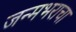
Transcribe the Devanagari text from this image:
जन्मभराचा